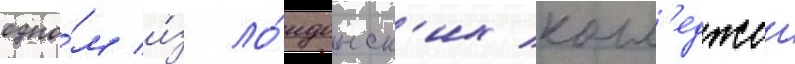
одно́м и́з ло́ндонск'их колл'еджеи